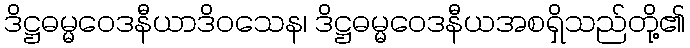
ဒိဋ္ဌဓမ္မဝေဒနီယာဒိဝသေန၊ ဒိဋ္ဌဓမ္မဝေဒနီယအစရှိသည်တို့၏